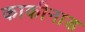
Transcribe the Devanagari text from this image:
काकीनाड